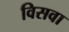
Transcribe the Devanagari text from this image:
विसवा